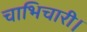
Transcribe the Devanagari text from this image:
चाभिचारी।